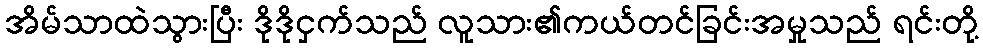
အိမ်သာထဲသွားပြီး ဒိုဒိုငှက်သည် လူသား၏ကယ်တင်ခြင်းအမှုသည် ရင်းတို့